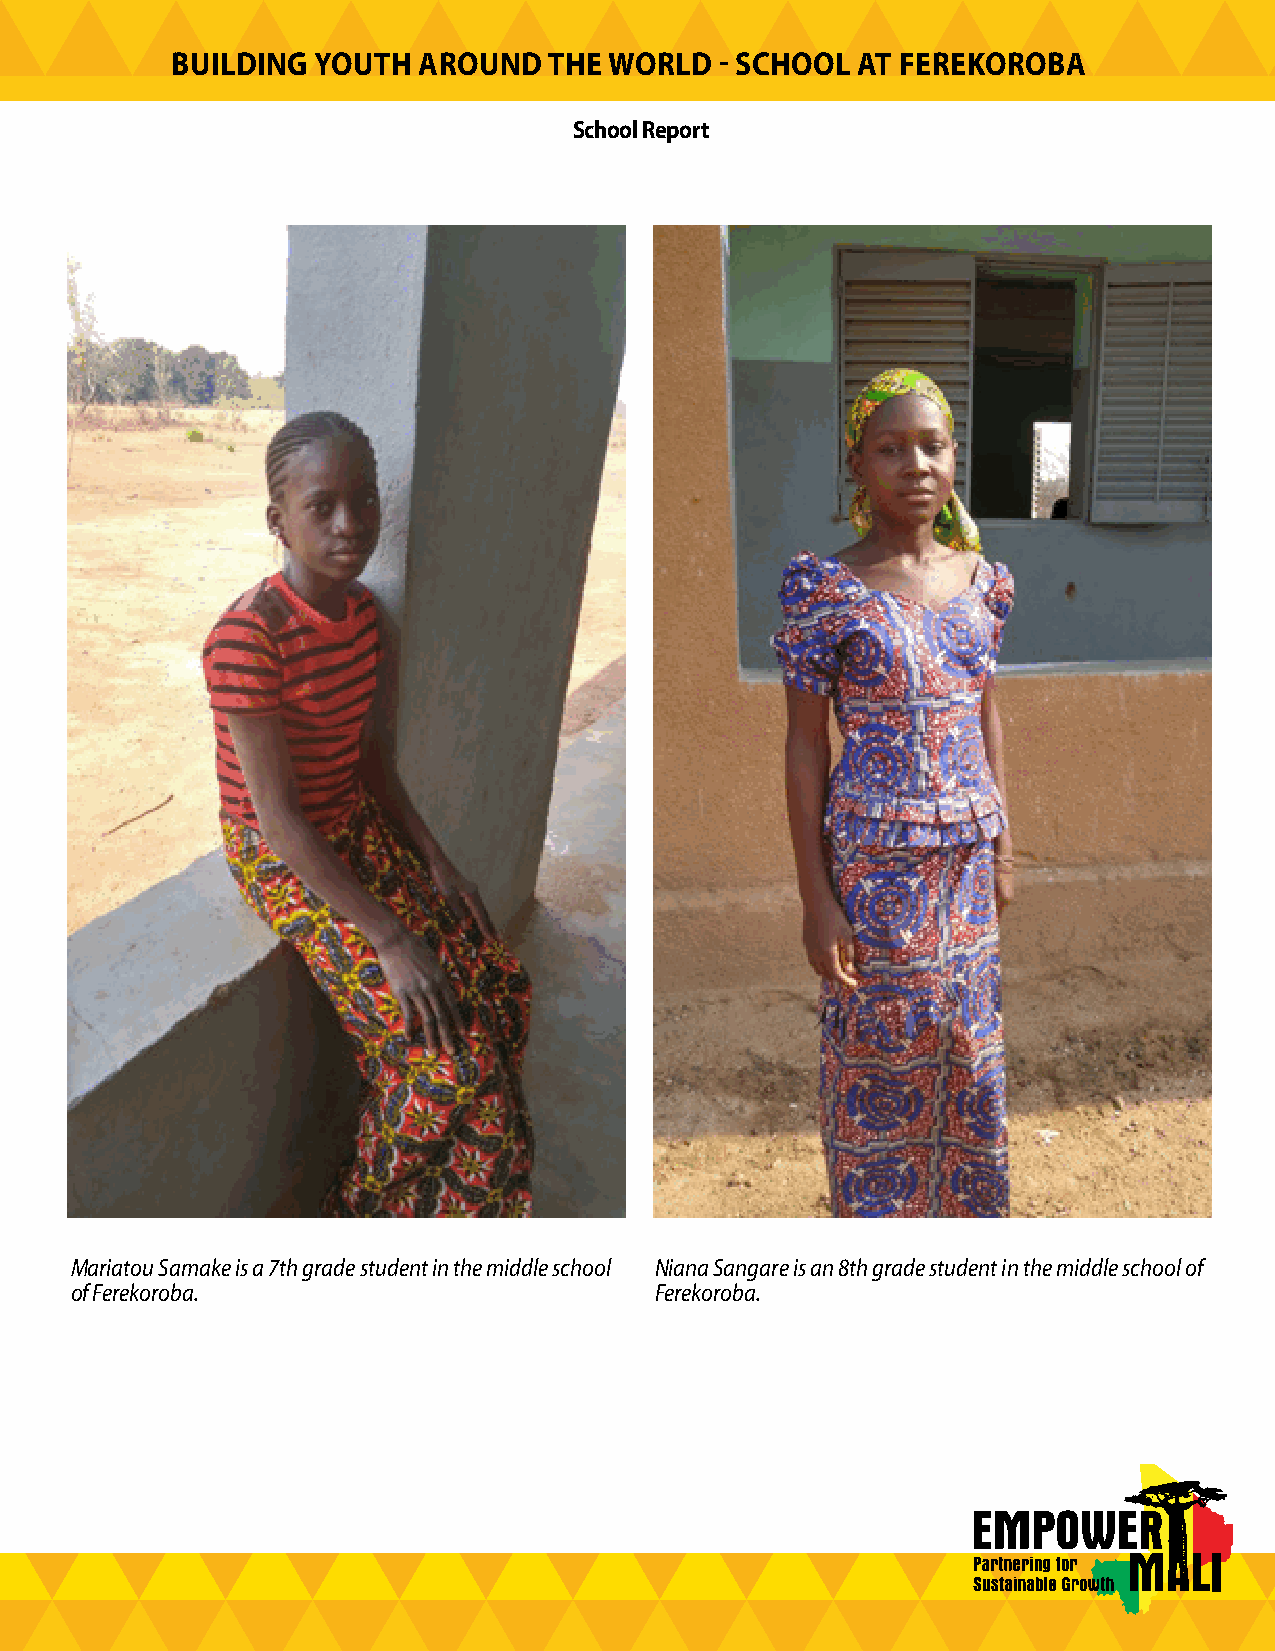
BUILDING  YOUTH  AROUND  THE WORLD   - SCHOOL AT FEREKOROBA
 School Report
 Mariatou Samake is a 7th grade student in the middle school Niana Sangare is an 8th grade student in the middle school of
 of Ferekoroba.                        Ferekoroba.